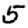
Digit: 5